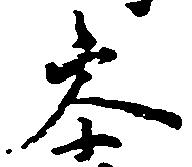
参